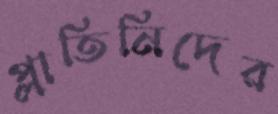
প্লাতিনিদের